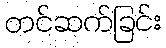
တင်ဆက်ခြင်း